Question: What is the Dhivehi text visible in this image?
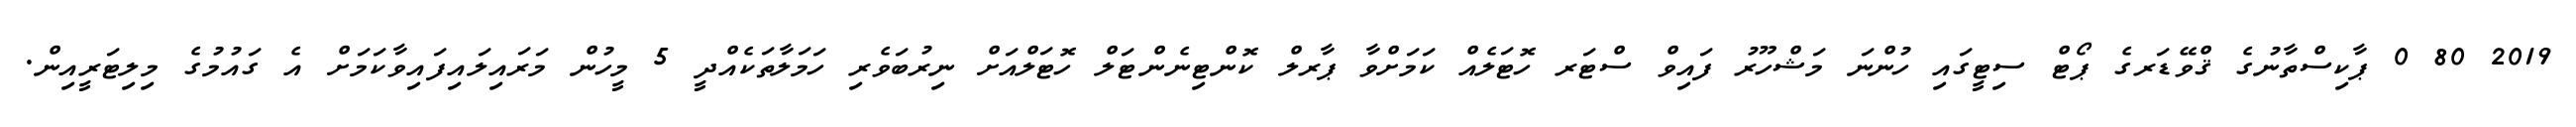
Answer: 2019 80 0 ޕާކިސްތާނުގެ ޤްވޭޑަރގެ ޕޯޓް ސިޓީގައި ހުންނަ މަޝްހޫރު ފައިވް ސްޓަރ ހޮޓަލެއް ކަމަށްވާ ޕާރލް ކޮންޓިނެންޓަލް ހޮޓަލްއަށް ނިރުބަވެރި ހަމަލާތަކެއްދީ 5 މީހުން މަރައިލައިފައިވާކަމަށް އެ ގައުމުގެ މިލިޓަރީއިން.